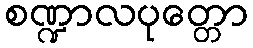
စဏ္ဍာလပုတ္တော